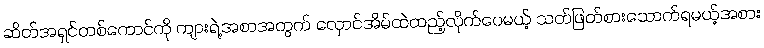
ဆိတ်အရှင်တစ်ကောင်ကို ကျားရဲ့အစာအတွက် လှောင်အိမ်ထဲထည့်လိုက်ပေမယ့် သတ်ဖြတ်စားသောက်ရမယ့်အစား